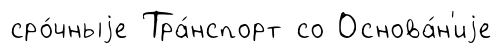
сро́чныjе Тра́нспорт со Основа́н'иjе